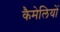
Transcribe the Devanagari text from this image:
कैमेलियों